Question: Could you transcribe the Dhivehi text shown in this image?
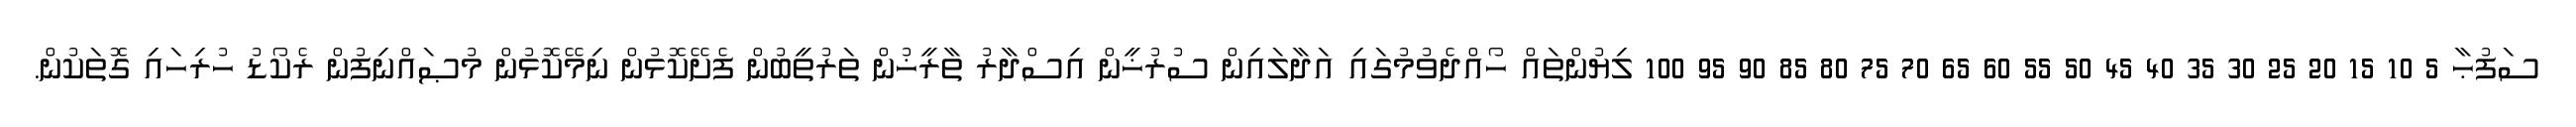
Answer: ސަފުޙާ 5 10 15 20 25 30 35 40 45 50 55 60 65 70 75 80 85 90 95 100 ލިޔުންތައް ހޯއްދެވުމުގައި އަދާލައިން ސުރުޚީން އިސްދާރު ތާރީޚުން ތަރުތީބުން ފެށޭކޮޅުން ނިމޭކޮޅުން މުޞައްނިފުން ރެކޯޑު ހުރިހައި ގޮތަކުން.